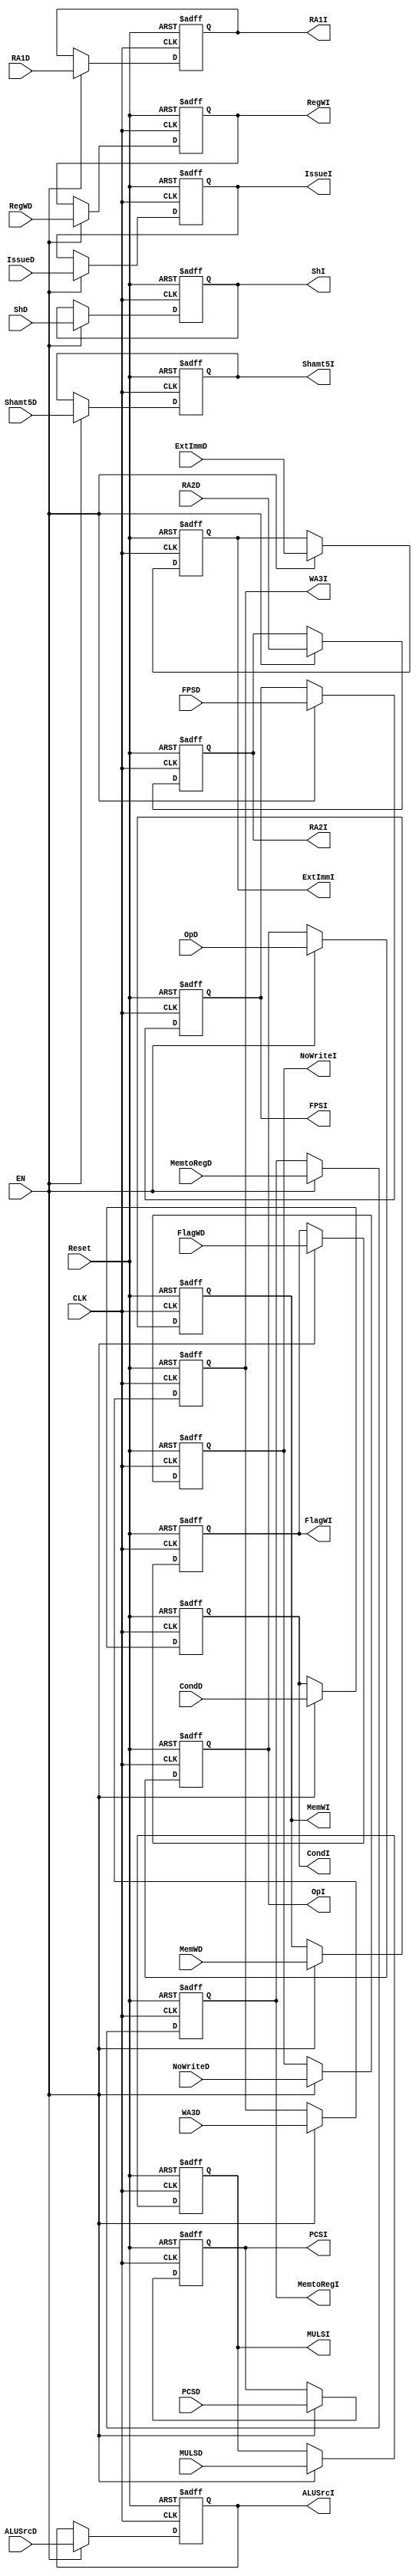
module DIReg(
    input CLK,
    input Reset,
    input EN,
    input IssueD,
    input [4:0] OpD,
    input [3:0] RA1D,
    input [3:0] RA2D,
    input [3:0] WA3D,
    input ALUSrcD,
    input [31:0] ExtImmD,
    input [3:0] CondD,
    input [3:0] FlagWD,
    input RegWD,
    input NoWriteD,
    input [4:0] Shamt5D,
    input [1:0] ShD,
    input MemWD,
    input MemtoRegD,
    input MULSD,
    input FPSD,
    input PCSD,
    output reg IssueI,
    output reg [4:0] OpI,
    output reg [3:0] RA1I,
    output reg [3:0] RA2I,
    output reg [3:0] WA3I,
    output reg ALUSrcI,
    output reg [31:0] ExtImmI,
    output reg [3:0] CondI,
    output reg [3:0] FlagWI,
    output reg RegWI,
    output reg NoWriteI,
    output reg [4:0] Shamt5I,
    output reg [1:0] ShI,
    output reg MemWI,
    output reg MemtoRegI,
    output reg MULSI,
    output reg FPSI,
    output reg PCSI
);

    initial begin
        IssueI = 0;
        OpI = 0;
        RA1I = 0;
        RA2I = 0;
        WA3I = 0;
        ALUSrcI = 0;
        ExtImmI = 0;
        CondI = 0;
        FlagWI = 0;
        RegWI = 0;
        NoWriteI = 0;
        MemWI = 0;
        MemtoRegI = 0;
        MULSI = 0;
        FPSI = 0;
        Shamt5I = 0;
        ShI = 0;
        PCSI = 0;
    end

    always @(posedge CLK, posedge Reset) begin
        if (Reset) begin
            IssueI <= 0;
            OpI <= 0;
            RA1I <= 0;
            RA2I <= 0;
            WA3I <= 0;
            ALUSrcI <= 0;
            ExtImmI <= 0;
            CondI <= 0;
            FlagWI <= 0;
            RegWI <= 0;
            NoWriteI <= 0;
            MemWI <= 0;
            MemtoRegI <= 0;
            MULSI <= 0;
            FPSI <= 0;
            Shamt5I <= 0;
            ShI <= 0;
            PCSI <= 0;
        end
        else begin
            if (EN) begin
                IssueI <= IssueD;
                OpI <= OpD;
                RA1I <= RA1D;
                RA2I <= RA2D;
                WA3I <= WA3D;
                ALUSrcI <= ALUSrcD;
                ExtImmI <= ExtImmD;
                CondI <= CondD;
                FlagWI <= FlagWD;
                RegWI <= RegWD;
                NoWriteI <= NoWriteD;
                MemWI <= MemWD;
                MemtoRegI <= MemtoRegD;
                MULSI <= MULSD;
                FPSI <= FPSD;
                Shamt5I <= Shamt5D;
                ShI <= ShD;
                PCSI <= PCSD;
            end
            else begin
                IssueI <= IssueI;
                OpI <= OpI;
                RA1I <= RA1I;
                RA2I <= RA2I;
                WA3I <= WA3I;
                ALUSrcI <= ALUSrcI;
                ExtImmI <= ExtImmI;
                CondI <= CondI;
                FlagWI <= FlagWI;
                RegWI <= RegWI;
                NoWriteI <= NoWriteI;
                MemWI <= MemWI;
                MemtoRegI <= MemtoRegI;
                MULSI <= MULSI;
                FPSI <= FPSI;
                Shamt5I <= Shamt5I;
                ShI <= ShI;
                PCSI <= PCSI;
            end
        end
    end

endmodule